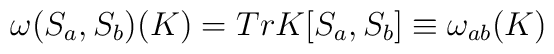
{\omega}(S_a,S_b)(K)=TrK[S_a,S_b]\equiv \omega_{ab}(K)